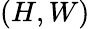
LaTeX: (H,W)